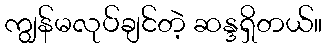
ကျွန်မလုပ်ချင်တဲ့ ဆန္ဒရှိတယ်။